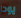
يودا